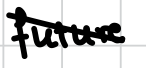
Text: future
Cross-out: diagonal
Writing tool: digital_black